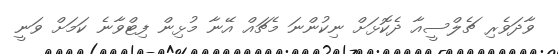
ވާދަވެރި ޗެލްސީއާ ދެކޮޅަށް ނިކުންނަ މެޗައް އޭނާ މުޅިން ފިޓްވާނެ ކަމަށް ވަނީ